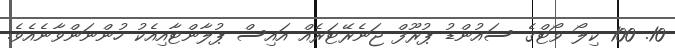
10. 100 ކިލޯ ވޯޓްގެ ސައުންޑު ޕުރޫފް ޖަނެރޭޓަރެއް އައިސް ޕުލާންޓާއިއެކު ހުންނަންވާނެއެވެ.